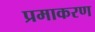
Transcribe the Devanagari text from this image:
प्रमाकरण